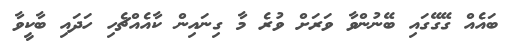
ބައެއް ގޭގޭގައި ބޭނުންވާ ވަރަށް ވުރެ މާ ގިނައިން ކާއެއްޗެހި ހަދައި ބާކީވާ